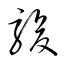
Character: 駿